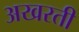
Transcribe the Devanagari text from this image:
अखरती